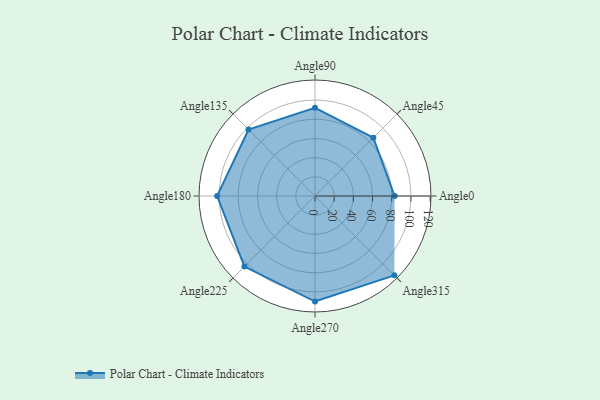
{"axis": {"x": "Angle", "y": "Radius"}, "legend": [""], "data": [{"x": "Angle0", "y": 83.0, "type": ""}, {"x": "Angle45", "y": 86.0, "type": ""}, {"x": "Angle90", "y": 92.0, "type": ""}, {"x": "Angle135", "y": 98.0, "type": ""}, {"x": "Angle180", "y": 102.0, "type": ""}, {"x": "Angle225", "y": 104.0, "type": ""}, {"x": "Angle270", "y": 110.0, "type": ""}, {"x": "Angle315", "y": 117.0, "type": ""}]}